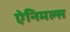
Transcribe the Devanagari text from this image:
ऐनिमल्स